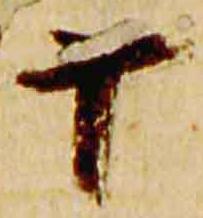
十